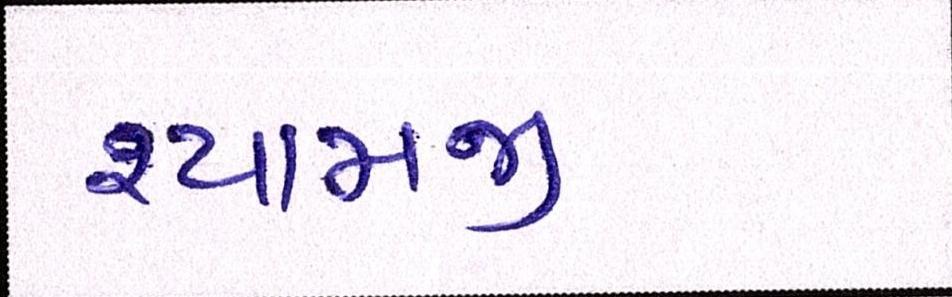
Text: શ્યામજી